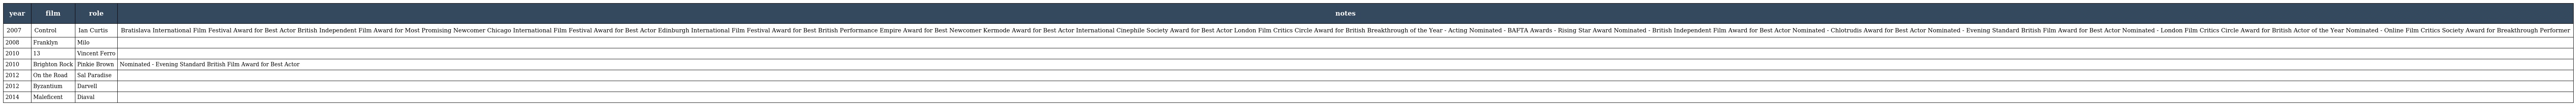
| year | film | role | notes |
 | --- | --- | --- | --- |
 | 2007 | Control | Ian Curtis | Bratislava International Film Festival Award for Best Actor British Independent Film Award for Most Promising Newcomer Chicago International Film Festival Award for Best Actor Edinburgh International Film Festival Award for Best British Performance Empire Award for Best Newcomer Kermode Award for Best Actor International Cinephile Society Award for Best Actor London Film Critics Circle Award for British Breakthrough of the Year - Acting Nominated - BAFTA Awards - Rising Star Award Nominated - British Independent Film Award for Best Actor Nominated - Chlotrudis Award for Best Actor Nominated - Evening Standard British Film Award for Best Actor Nominated - London Film Critics Circle Award for British Actor of the Year Nominated - Online Film Critics Society Award for Breakthrough Performer |
 | 2008 | Franklyn | Milo |  |
 | 2010 | 13 | Vincent Ferro |  |
 | 2010 | Brighton Rock | Pinkie Brown | Nominated - Evening Standard British Film Award for Best Actor |
 | 2012 | On the Road | Sal Paradise |  |
 | 2012 | Byzantium | Darvell |  |
 | 2014 | Maleficent | Diaval |  |